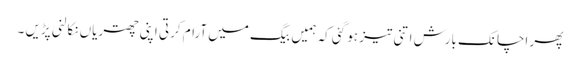
پھر اچانک بارش اتنی تیز ہو گئی کہ ہمیں بیگ میں آرام کرتی اپنی چھتریاں نکالنی پڑیں ۔